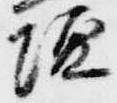
壇